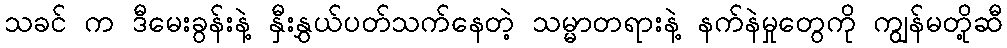
သခင် က ဒီမေးခွန်းနဲ့ နှီးနွှယ်ပတ်သက်နေတဲ့ သမ္မာတရားနဲ့ နက်နဲမှုတွေကို ကျွန်မတို့ဆီ